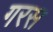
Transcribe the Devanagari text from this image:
गरस